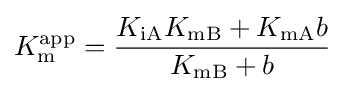
K_{\mathrm {m} }^{\mathrm {app} }={\dfrac {K_{\mathrm {iA} }K_{\mathrm {mB} }+K_{\mathrm {mA} }b}{K_{\mathrm {mB} }+b}}